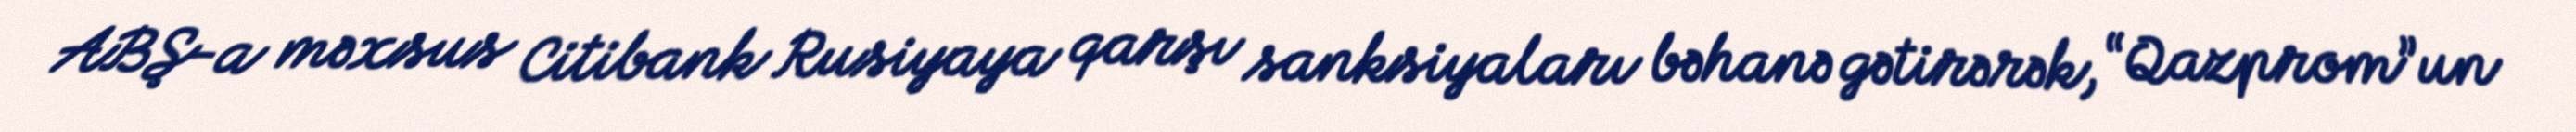
ABŞ-a məxsus Citibank Rusiyaya qarşı sanksiyaları bəhanə gətirərək, “Qazprom”un